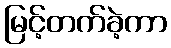
မြင့်တက်ခဲ့ကာ